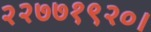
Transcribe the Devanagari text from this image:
२२७७१९२०।